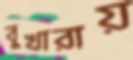
বুখারায়